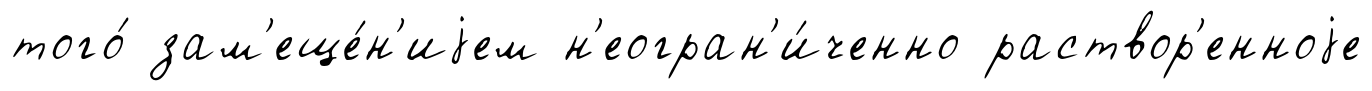
того́ зам'еще́н'иjем н'еогран'и́ченно раствор'енноjе